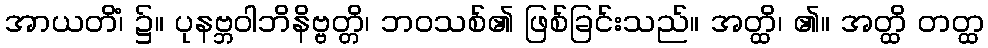
အာယတိံ၊ ၌။ ပုနဗ္ဘဝါဘိနိဗ္ဗတ္တိ၊ ဘဝသစ်၏ ဖြစ်ခြင်းသည်။ အတ္ထိ၊ ၏။ အတ္ထိ တတ္ထ